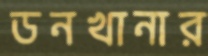
ডনখানার